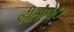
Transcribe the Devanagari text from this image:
व्हीलएब्रेटर